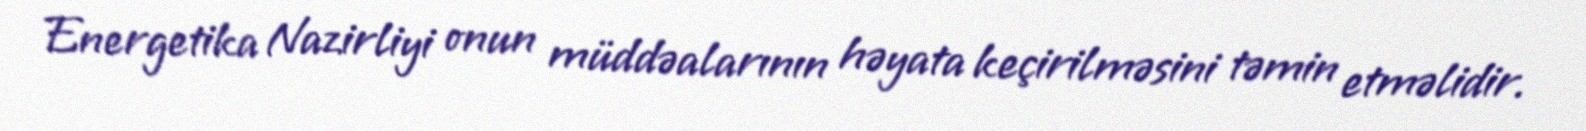
Energetika Nazirliyi onun müddəalarının həyata keçirilməsini təmin etməlidir.